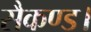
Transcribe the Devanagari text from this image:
सैकण्ड।